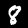
Digit: 8